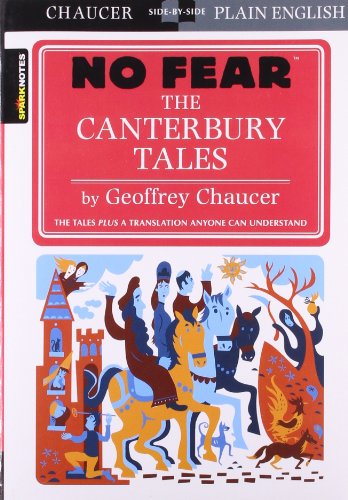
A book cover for The Canterbury Tales (No Fear); SparkNotes; Literature & Fiction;